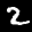
Label: 2